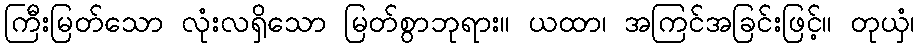
ကြီးမြတ်သော လုံးလရှိသော မြတ်စွာဘုရား။ ယထာ၊ အကြင်အခြင်းဖြင့်။ တုယှံ၊